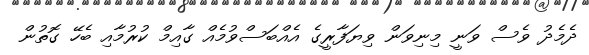
ދެމެދު ވެސް ވަނީ މިނިވަން ވިޔަފާރީގެ އެއްބަސްވުމެއް ގާއިމް ކުރުމާއި ބެހޭ ގޮތުން